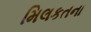
મિલકતના